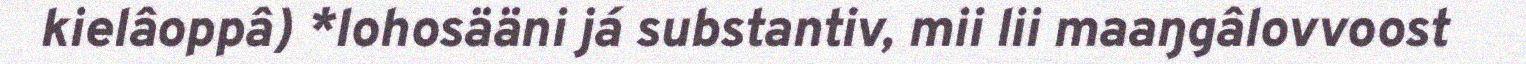
kielâoppâ) *lohosääni já substantiv, mii lii maaŋgâlovvoost